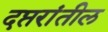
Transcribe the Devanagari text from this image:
दप्तरांतील